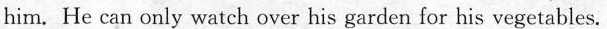
him. He can only watch over his garden for his vegetables.